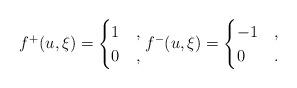
LaTeX: \begin{gather*}f^+ (u,\xi)= \begin{cases}1 & , \\0 & ,\end{cases} f^- (u,\xi)= \begin{cases}-1 & , \\0 & .\end{cases}\end{gather*}